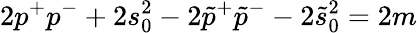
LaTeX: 2p^{+}p^{-}+2s_{0}^{2}-2\tilde{p}^{+}\tilde{p}^{-}-2\tilde{s}_{0}^{2}=2m